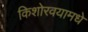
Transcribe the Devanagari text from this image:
किशोरवयामधे